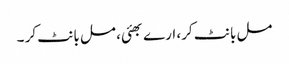
مل بانٹ کر، ارے بھئی، مل بانٹ کر ۔